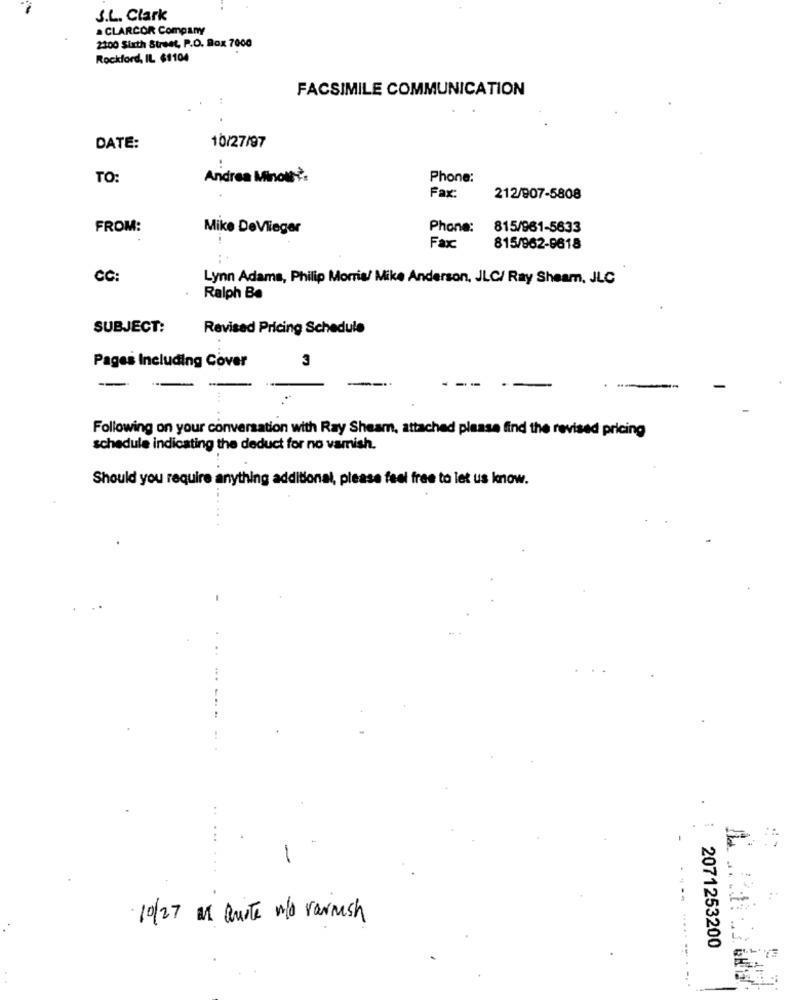
S.L. Clark
a CLARCOR Company
2100 Sixth Street, P.O. Box 7000
Rockford, IL $1104
FACSIMILE COMMUNICATION
DATE:
10/27/97
TO:
Andrea Minoutè.
Phone:
Fax:
212/907-5808
FROM:
Mike DeVlieger
Phone:
815/961-5633
Faxc
815/962-9618
CC:
Lynn Adams, Philip Morris/ Mike Anderson, JLC/ Ray Sheam, JLC
Ralph Be
SUBJECT:
Revised Pricing Schedule
3
Pages Including Cover
Following on your conversation with Ray Sheam, attached please find the revised pricing
schedule indicating the deduct for no vamish.
Should you require anything additional, please feel free to let us know.
10/27 M Quite w/o varnish
2071253200